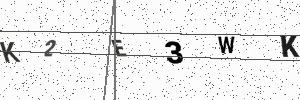
Text: K2E3WK